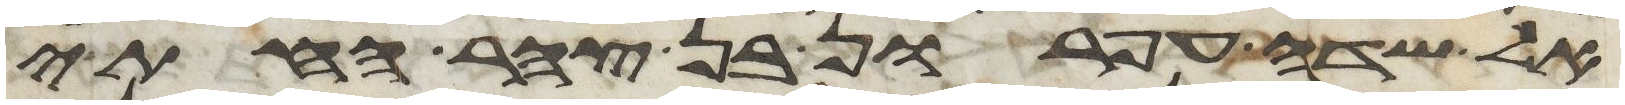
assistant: אל שדה עפרון בן צהר החתי